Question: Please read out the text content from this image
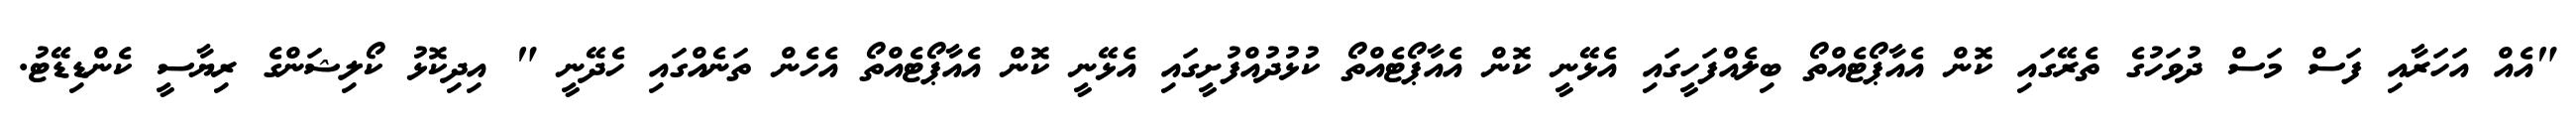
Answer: "އެއް އަހަރާއި ފަސް މަސް ދުވަހުގެ ތެރޭގައި ކޮން އެއާޕޯޓެއްތޯ ބިލެއްފަހީގައި އެޅޭނީ ކޮން އެއާޕޯޓެއްތޯ ކުޅުދުއްފުށީގައި އެޅޭނީ ކޮން އެއާޕޯޓެއްތޯ އެހެން ތަނެއްގައި ހެދޭނީ " އިދިކޮޅު ކޯލިޝަންގެ ރިޔާސީ ކެންޑިޑޭޓު.